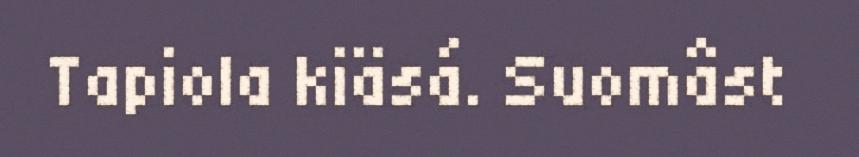
Tapiola kiäsá. Suomâst